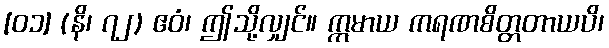
[၀၁] (နိ၊ ၇၂) ဧဝံ၊ ဤသို့လျှင်။ ဣမာယ ကရဏစိတ္တတာယပိ၊